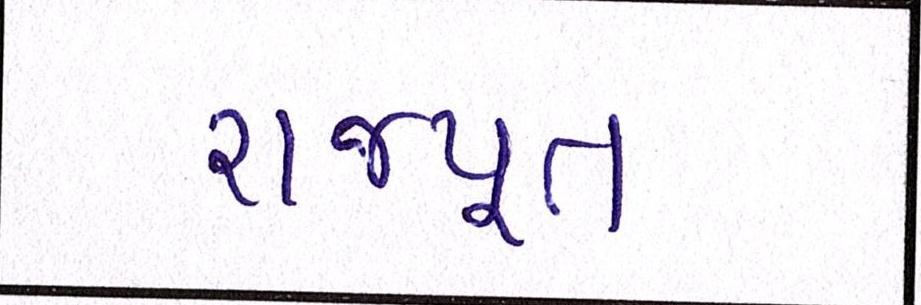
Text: રાજપૂત